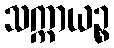
သက္ကာယဉ္စ